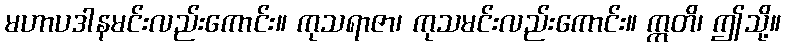
မဟာပဒါနမင်းလည်းကောင်း။ ကုသရာဇာ၊ ကုသမင်းလည်းကောင်း။ ဣတိ၊ ဤသို့။